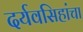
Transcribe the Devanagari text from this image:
दर्यवसिहांचा